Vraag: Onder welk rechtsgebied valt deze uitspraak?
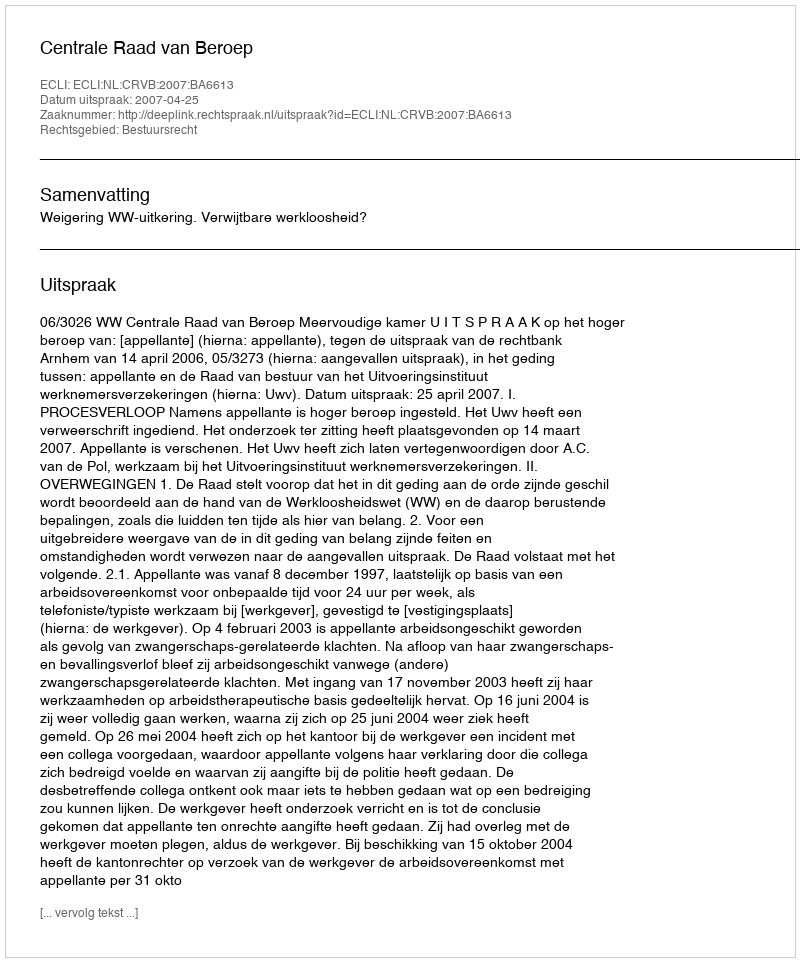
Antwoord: Bestuursrecht